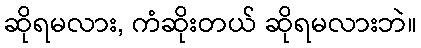
ဆိုရမလား, ကံဆိုးတယ် ဆိုရမလားဘဲ။